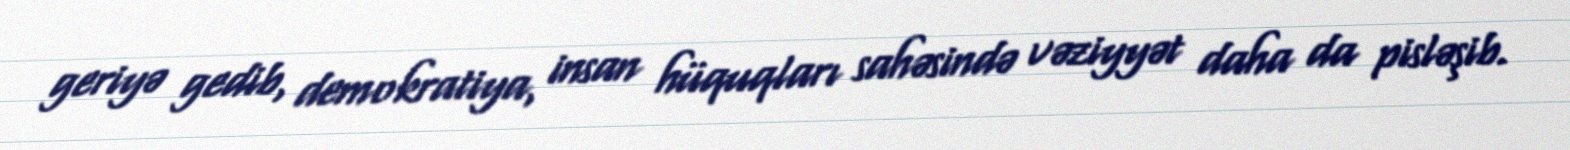
geriyə gedib, demokratiya, insan hüquqları sahəsində vəziyyət daha da pisləşib.